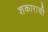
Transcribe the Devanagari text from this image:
शकाराची